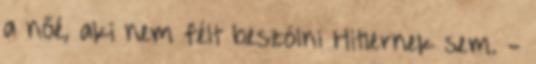
a nőé, aki nem félt beszólni Hitlernek sem. -